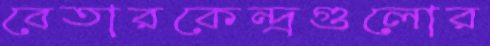
বেতারকেন্দ্রগুলোর